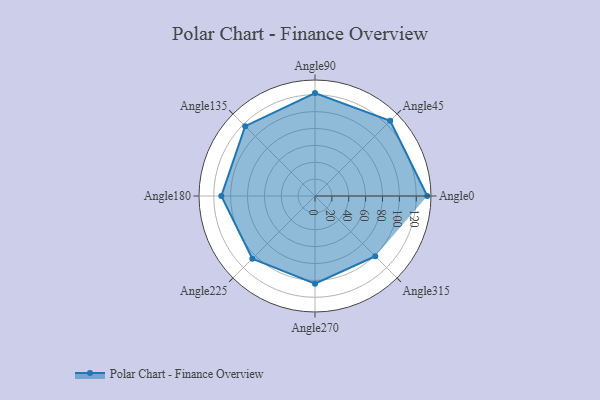
{"axis": {"x": "Angle", "y": "Radius"}, "legend": [""], "data": [{"x": "Angle0", "y": 133.0, "type": ""}, {"x": "Angle45", "y": 126.0, "type": ""}, {"x": "Angle90", "y": 122.0, "type": ""}, {"x": "Angle135", "y": 117.0, "type": ""}, {"x": "Angle180", "y": 111.0, "type": ""}, {"x": "Angle225", "y": 105.0, "type": ""}, {"x": "Angle270", "y": 104.0, "type": ""}, {"x": "Angle315", "y": 101.0, "type": ""}]}